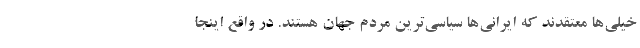
خیلی‌ها معتقدند که ایرانی‌ها سیاسی‌ترین مردم جهان هستند. در واقع اینجا